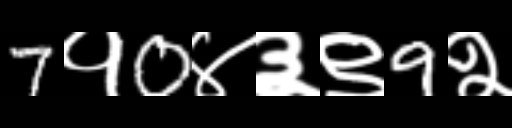
Text: 7१0४३९9२